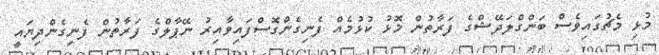
މުޅި މެޗުގައިވެސް ބަންގްލަދޭޝްގެ ފަރާތުން މޮޅު ކުޅުމެއް ފެނިގެންގޮސްފައިވާއިރު ނޭޕާލްގެ ފަރާތުން ފެނިގެންދިޔައީ